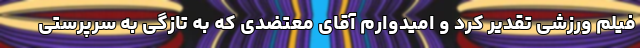
فیلم ورزشی تقدیر کرد و امیدوارم آقای معتضدی که به تازگی به سرپرستی